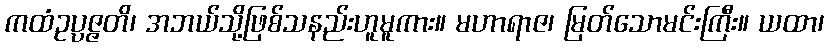
ကထံဥပ္ပဇ္ဇတိ၊ အဘယ်သို့ဖြစ်သနည်းဟူမူကား။ မဟာရာဇ၊ မြတ်သောမင်းကြီး။ ယထာ၊